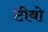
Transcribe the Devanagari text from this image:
टीबो